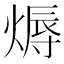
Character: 𤍇